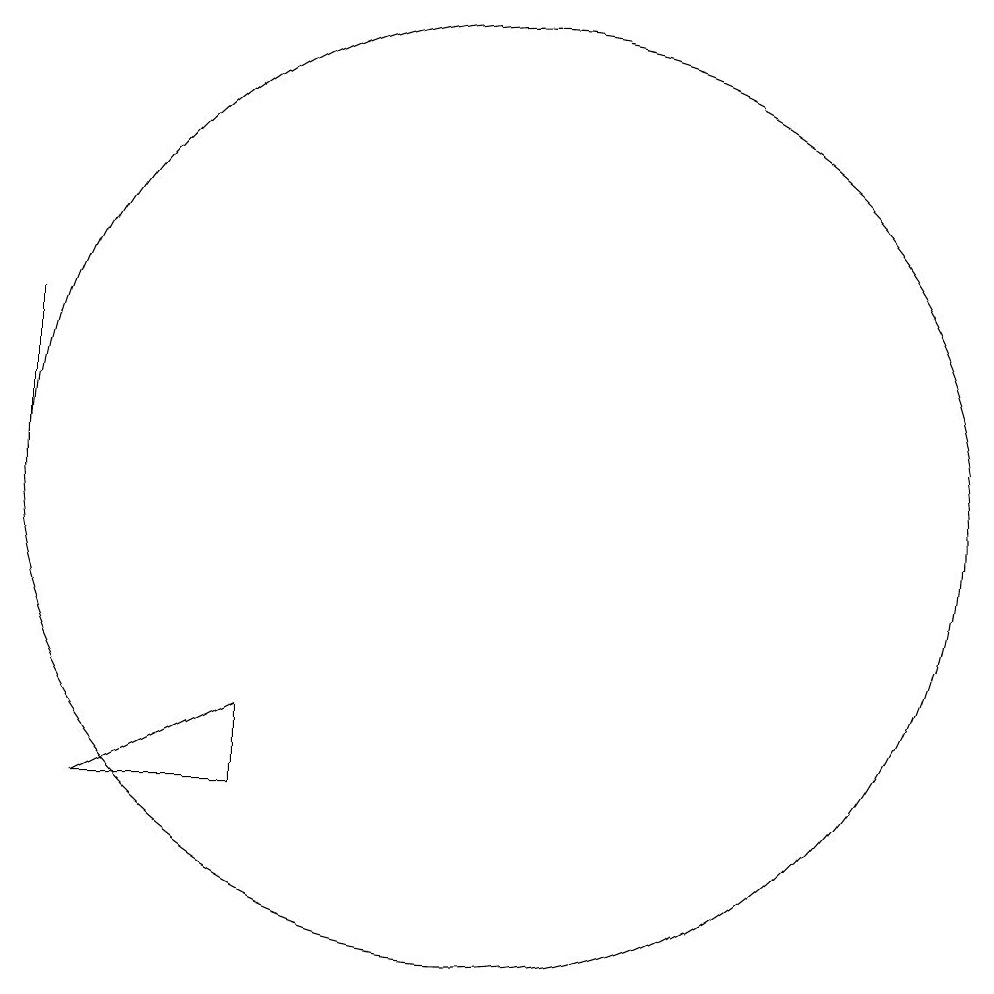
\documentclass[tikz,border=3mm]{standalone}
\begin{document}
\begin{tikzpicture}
\draw (5,12) rectangle (5,10);
\draw (6,6) -- (8,6) -- (8,7) -- cycle;
\draw (11,10) circle (6);
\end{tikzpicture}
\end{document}